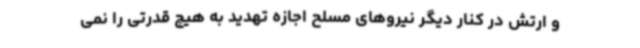
و ارتش در کنار دیگر نیروهای مسلح اجازه تهدید به هیچ قدرتی را نمی‌